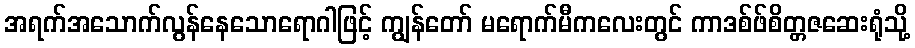
အရက်အသောက်လွန်နေသောရောဂါဖြင့် ကျွန်တော် မရောက်မီကလေးတွင် ကာဒစ်ဖ်စိတ္တဇဆေးရုံသို့